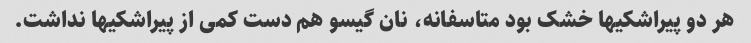
هر دو پیراشکیها خشک بود متاسفانه، نان گیسو هم دست کمی از پیراشکیها نداشت.